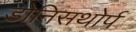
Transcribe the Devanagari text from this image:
डोनिसथोर्प